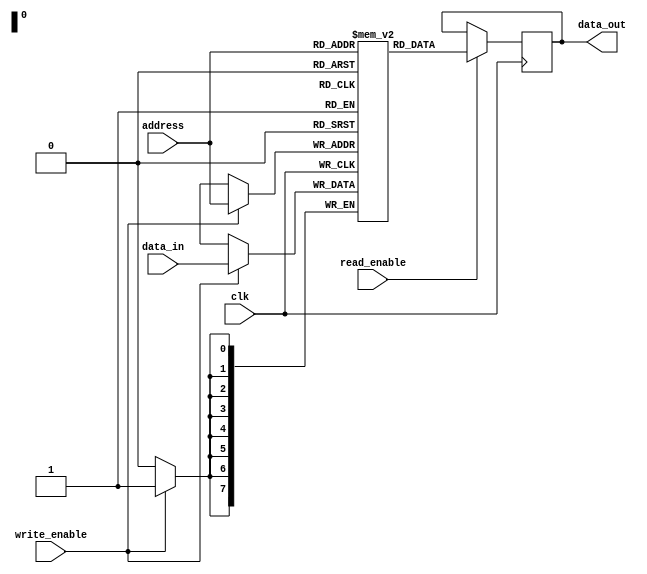
module RAM (
    input [7:0] address,
    input [7:0] data_in,
    input read_enable,
    input write_enable,
    input clk,
    output reg [7:0] data_out
);

reg [7:0] memory [255:0]; // internal memory array to store data

always @(posedge clk) begin
    if (write_enable) begin
        memory[address] <= data_in;
    end
    if (read_enable) begin
        data_out <= memory[address];
    end
end

endmodule